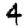
Digit: 4